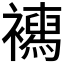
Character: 𧞳